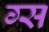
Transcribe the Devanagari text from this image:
ग्स